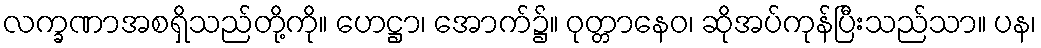
လက္ခဏာအစရှိသည်တို့ကို။ ဟေဋ္ဌာ၊ အောက်၌။ ဝုတ္တာနေဝ၊ ဆိုအပ်ကုန်ပြီးသည်သာ။ ပန၊